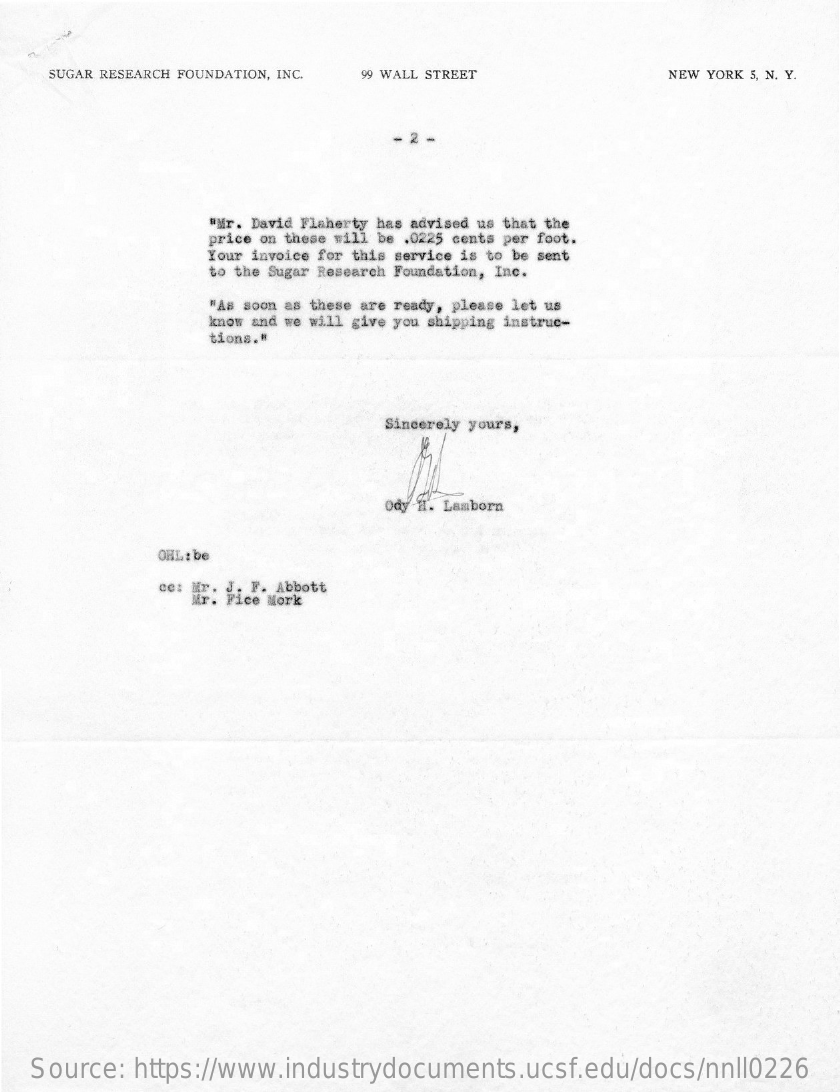
SUGAR RESEARCH FOUNDATION, INC. 99 WALL STREET NEW YORK 5, N. Y.
     -
     "Mr. David Flaherty has advised us that the
     price on these will be .0225 cents per foot.
     Your invoice for this service is to be sent
     to the Sugar Research Foundation, Inc.
     "As soon as these are ready, please let us
     know and we will give you shipping instruc-
     tions."
     Sincerely yours,
     ody H. Lamborn
     OHL : be
     cc: Mr. J. F. Abbott
     Mr. Fice Mork
   Source: https://www.industrydocuments.ucsf.edu/docs/nnll0226